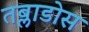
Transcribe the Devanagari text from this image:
तब्लाडोस